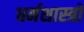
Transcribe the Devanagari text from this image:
धर्मशास्‍त्रों